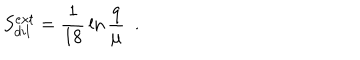
S _ { d i l } ^ { e x t } = { \frac { 1 } { 1 8 } } \ln { \frac { q } { \mu } } ~ ~ .